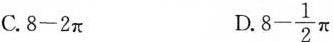
C.8-2π D. 8- \frac{1}{2}\pi